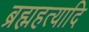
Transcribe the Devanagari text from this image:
ब्रह्महत्यादि